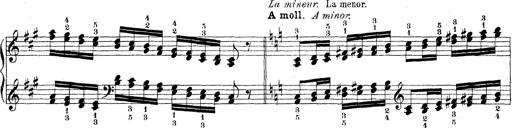
Title: Technische Studien
Composer: Franz Liszt